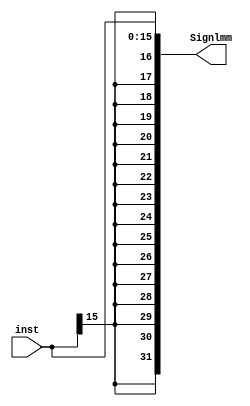
module signExtend (inst,Signlmm);
input [15:0]inst;
output [31:0]Signlmm;
assign Signlmm = { {16{inst[15]}} , inst[15:0]};
endmodule